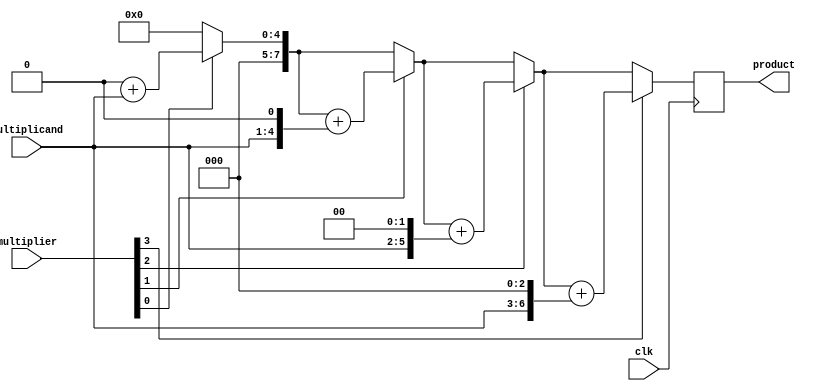
`timescale 1ns / 1ps
//////////////////////////////////////////////////////////////////////////////////
// Company: 
// Engineer: 
// 
// Design Name: 
// Module Name:    multiplication 
// Project Name: 
// Target Devices: 
// Tool versions: 
// Description: 
//
// Dependencies: 
//
// Revision: 
// Revision 0.01 - File Created
// Additional Comments: 
//
//////////////////////////////////////////////////////////////////////////////////
module Multiplication(
	 input [3:0]multiplicand,
    input [3:0]multiplier,
	 input clk,
	 output reg[7:0]product
    );



	 reg[7:0] product1;
	 reg[3:0] m,q;
	 integer i; //keeps track of the number of times the loop will be running
	 
	  always@ (posedge clk) begin
	  
	   m = multiplicand;
	   q = multiplier;
		product1 = 0;
		
		for (i = 0; i < 4; i = i+1) begin
					if(q[i] == 1'b1) //check if there is a 1 in i position of multiplier
								product1 = product1 + (m << i); // multiplicand shifted i positions left
				end
				product[7:0] = product1;
				end
		
	
endmodule